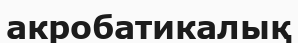
акробатикалық